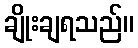
ချိုးချရသည်။